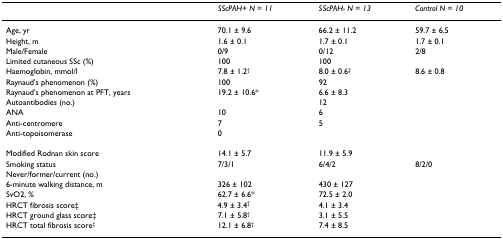
<table><thead><tr><td></td><td><b><i>SScPAH+ N = 11</i></b></td><td><b><i>SScPAH- N = 13</i></b></td><td><b><i>Control N = 10</i></b></td></tr></thead><tbody><tr><td>Age, yr</td><td>70.1 ± 9.6</td><td>66.2 ± 11.2</td><td>59.7 ± 6.5</td></tr><tr><td>Height, m</td><td>1.6 ± 0.1</td><td>1.7 ± 0.1</td><td>1.7 ± 0.1</td></tr><tr><td>Male/Female</td><td>0/9</td><td>0/12</td><td>2/8</td></tr><tr><td>Limited cutaneous SSc (%)</td><td>100</td><td>100</td><td></td></tr><tr><td>Haemoglobin, mmol/l</td><td>7.8 ± 1.2<sup>†</sup></td><td>8.0 ± 0.6<sup>‡</sup></td><td>8.6 ± 0.8</td></tr><tr><td>Raynaud&#x27;s phenomenon (%)</td><td>100</td><td>92</td><td></td></tr><tr><td>Raynaud&#x27;s phenomenon at PFT, years</td><td>19.2 ± 10.6*</td><td>6.6 ± 8.3</td><td></td></tr><tr><td>Autoantibodies (no.)</td><td></td><td>12</td><td></td></tr><tr><td>ANA</td><td>10</td><td>6</td><td></td></tr><tr><td>Anti-centromere</td><td>7</td><td>5</td><td></td></tr><tr><td>Anti-topoisomerase</td><td>0</td><td></td><td></td></tr><tr><td>Modified Rodnan skin score</td><td>14.1 ± 5.7</td><td>11.9 ± 5.9</td><td></td></tr><tr><td>Smoking status</td><td>7/3/1</td><td>6/4/2</td><td>8/2/0</td></tr><tr><td>Never/former/current (no.)</td><td></td><td></td><td></td></tr><tr><td>6-minute walking distance, m</td><td>326 ± 102</td><td>430 ± 127</td><td></td></tr><tr><td>SvO2, %</td><td>62.7 ± 6.6*</td><td>72.5 ± 2.0</td><td></td></tr><tr><td>HRCT fibrosis score‡</td><td>4.9 ± 3.4<sup>†</sup></td><td>4.1 ± 3.4</td><td></td></tr><tr><td>HRCT ground glass score‡</td><td>7.1 ± 5.8<sup>†</sup></td><td>3.1 ± 5.5</td><td></td></tr><tr><td>HRCT total fibrosis score<sup>‡</sup></td><td>12.1 ± 6.8<sup>†</sup></td><td>7.4 ± 8.5</td><td></td></tr></tbody></table>